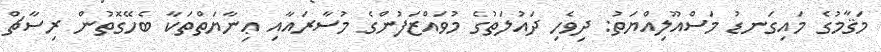
މަޤާމުގެ މައިގަނޑު މަސްއޫލިއްޔަތު: ދިވެހި ދައުލަތުގެ މުވައްޒަފުންގެ މުސާރައާއި ޢިނާޔަތްތަކާ ބެހޭގޮތުން ރިސާޗް